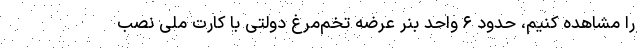
را مشاهده کنیم، حدود ۶ واحد بنر عرضه تخم‌مرغ دولتی با کارت ملی نصب